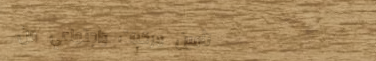
تأمين مركبات واجتماعي من